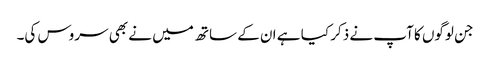
جن لوگوں کا آپ نے ذکر کیا ہے ان کے ساتھ میں نے بھی سروس کی۔